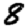
Digit: 8